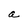
Character: a